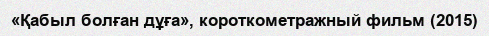
«Қабыл болған дұға», короткометражный фильм (2015)